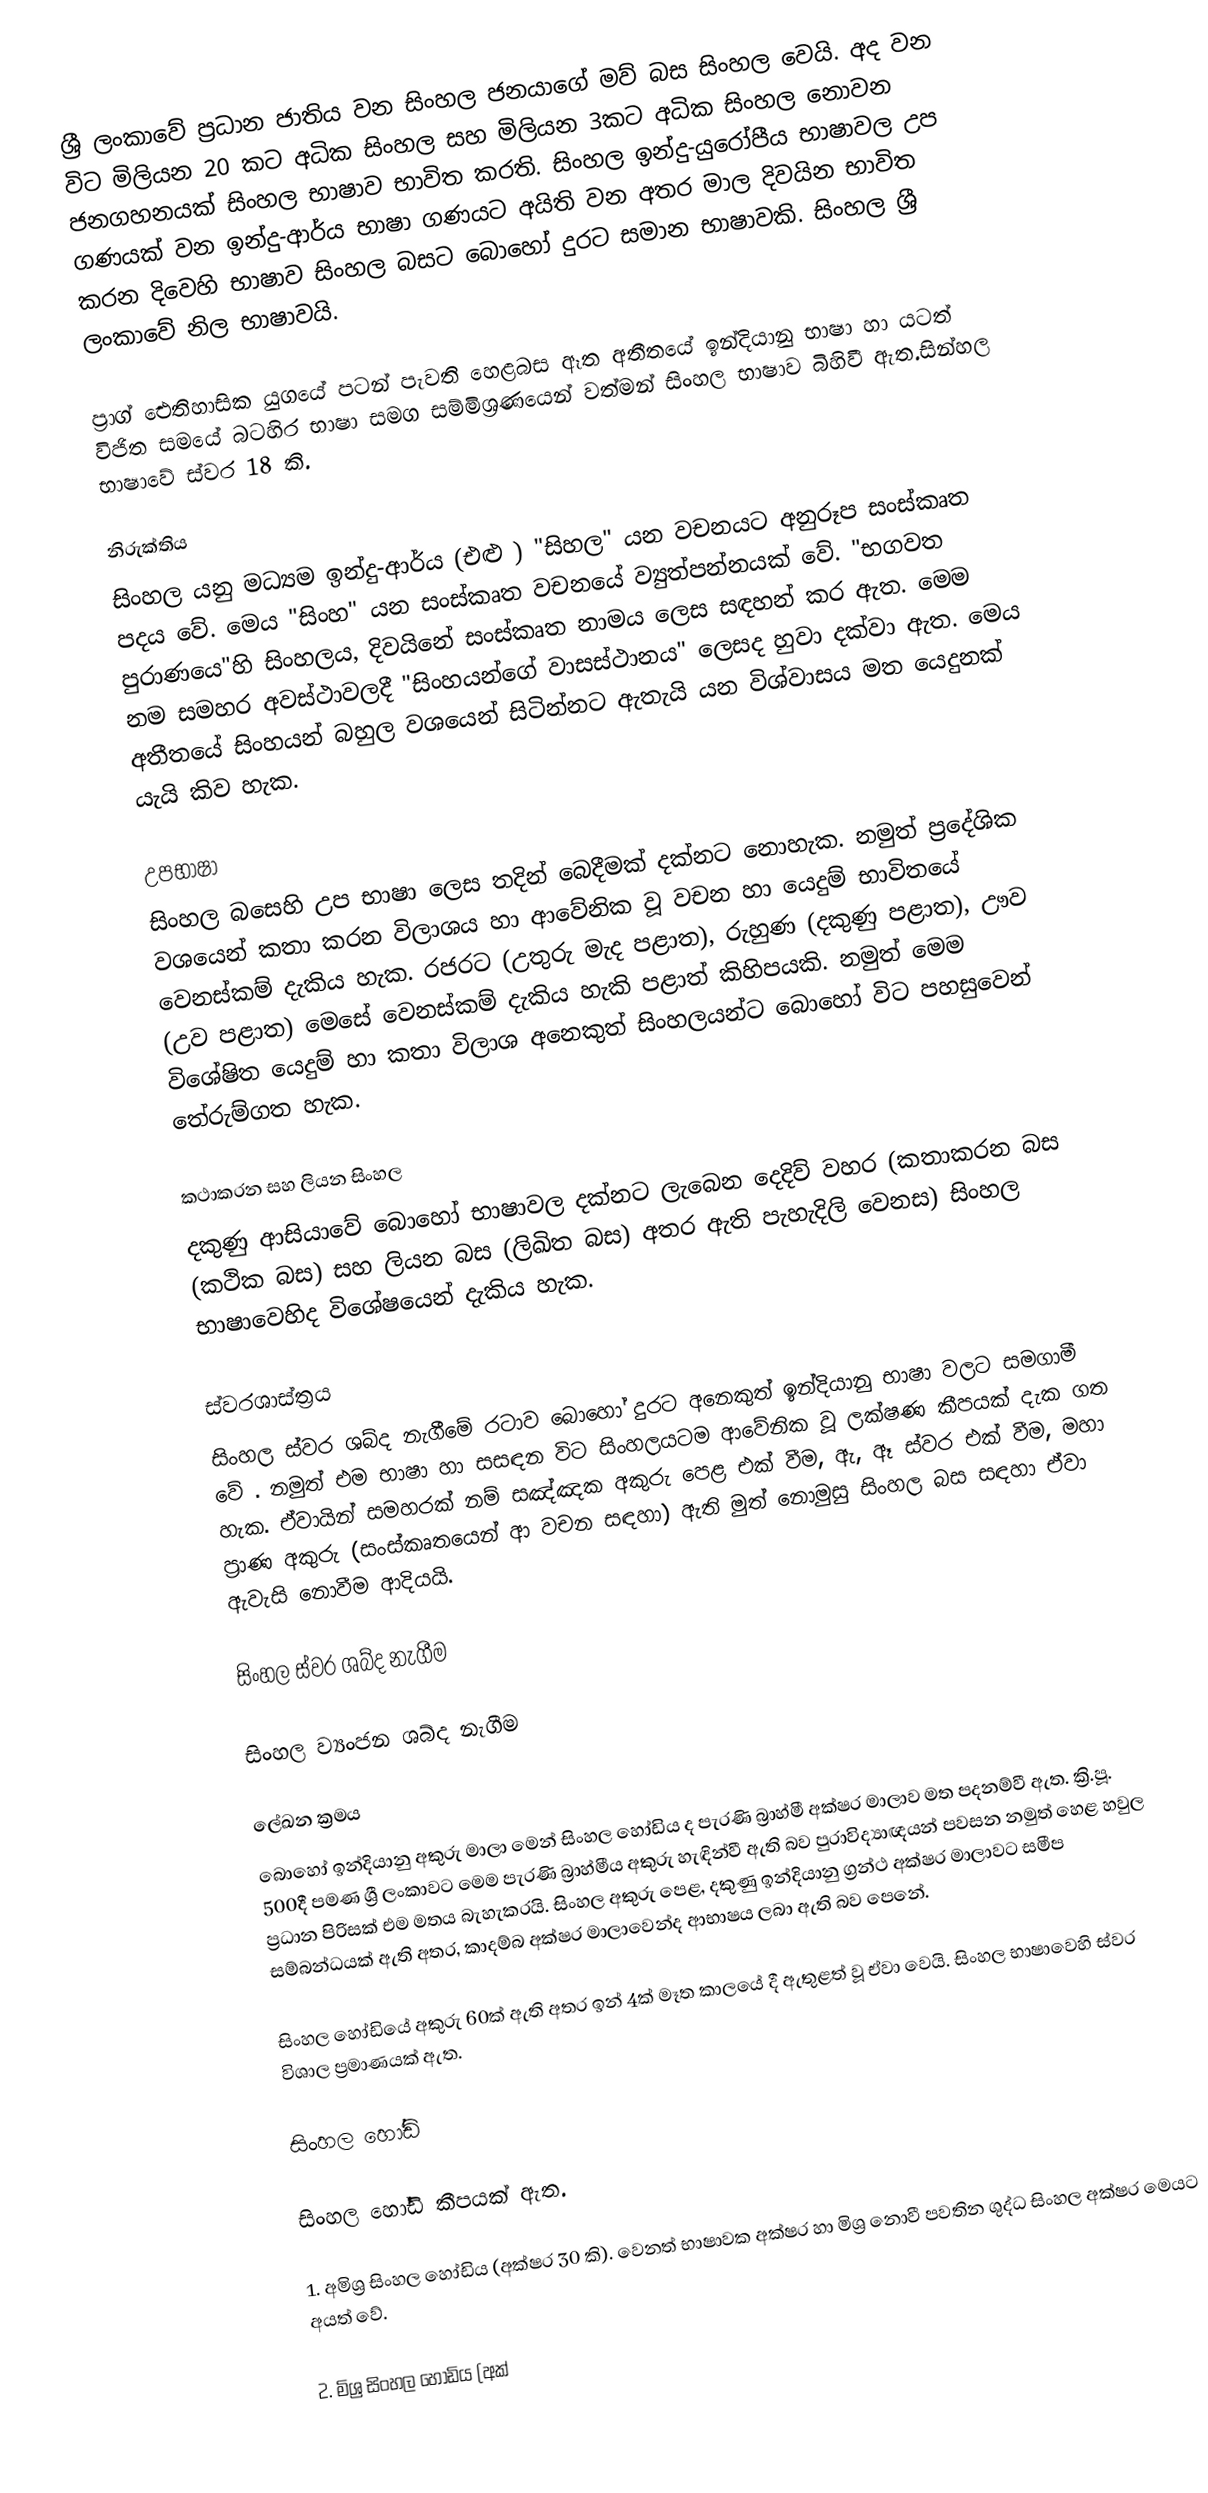
ශ්‍රී ලංකාවේ ප්‍රධාන ජාතිය වන සිංහල ජනයාගේ මව් බස සිංහල වෙයි. අද වන විට මිලියන 20 කට අධික සිංහල සහ මිලියන 3කට අධික සිංහල නොවන ජනගහනයක් සිංහල භාෂාව භාවිත කරති. සිංහල‍ ඉන්දු-යුරෝපීය භාෂාවල උප ගණයක් වන ඉන්දු-ආර්ය භාෂා ගණයට අයිති වන අතර මාල දිවයින භාවිත කරන දිවෙහි භාෂාව සිංහල බසට බොහෝ දුරට සමාන භාෂාවකි. සිංහල ශ්‍රී ලංකාවේ නිල භාෂාවයි.

ප්‍රාග් ඓතිහාසික යුගයේ පටන් පැවති හෙළබස ඈත අතීතයේ ඉන්දියානු භාෂා හා යටත් විජිත සමයේ බටහිර භාෂා සමග සම්මිශ්‍රණයෙන් වත්මන් සිංහල භාෂාව බිහිවී ඇත.සින්හල භාෂාවේ ස්වර 18 කි.

නිරුක්තිය
සිංහල යනු මධ්‍යම ඉන්දු-ආර්ය  (එළු ) "සිහල" යන වචනයට අනුරූප  සංස්කෘත පදය වේ. මෙය  "සිංහ" යන  සංස්කෘත වචනයේ ව්‍යුත්පන්නයක්  වේ. "භගවත පුරාණයෙ"හි සිංහලය,  දිවයිනේ සංස්කෘත නාමය ලෙස සඳහන් කර ඇත. මෙම නම සමහර අවස්ථාවලදී "සිංහයන්ගේ වාසස්ථානය" ලෙසද හුවා දක්වා ඇත. මෙය අතීතයේ සිංහයන් බහුල වශයෙන් සිටින්නට ඇතැයි යන විශ්වාසය මත යෙදුනක් යැයි කිව හැක.

උපභාෂා
සිංහල බසෙහි උප භාෂා ලෙස තදින් බෙදීමක් දක්නට නොහැක. නමුත් ප්‍රදේශික වශයෙන් කතා කරන විලාශය හා ආවේනික වූ වචන හා යෙදුම් භාවිතයේ වෙනස්කම් දැකිය හැක. රජරට (උතුරු මැද පළාත), රුහුණ (දකුණු පළාත), ඌව (උව පළාත) මෙසේ වෙනස්කම් දැකිය හැකි පළාත් කිහිපයකි. නමුත් මෙම විශේෂිත යෙදුම් හා කතා විලාශ අනෙකුත් සිංහලයන්ට බොහෝ විට පහසුවෙන් තේරුම්ගත හැක.

කථාකරන සහ ලියන සිංහල
දකුණු ආසියාවේ බොහෝ භාෂාවල දක්නට ලැබෙන දෙදිව් වහර (කතාකරන බස (කථික බස) සහ ලියන බස (ලිඛිත බස) අතර ඇති පැහැදිලි වෙනස) සිංහල භාෂාවෙහිද විශේෂයෙන් දැකිය හැක.

ස්වරශාස්ත්‍රය
සිංහල ස්වර ශබ්ද නැගීමේ රටාව බොහෝ දුරට අනෙකුත් ඉන්දියානු භාෂා වලට සමගාමී වේ . නමුත් එම භාෂා හා සසඳන විට සිංහලයටම  ආවේනික වූ ලක්ෂණ කීපයක් දැක ගත හැක. ඒවායින් සමහරක් නම් සඤ්ඤක අකුරු පෙළ එක් වීම, ඇ, ඈ ස්වර එක් වීම, මහා ප්‍රාණ අකුරු (සංස්කෘතයෙන් ආ වචන සඳහා) ඇති මුත් නොමුසු සිංහල බස සඳහා ඒවා ඇවැසි නොවීම ආදියයි.

සිංහල ස්වර ශබ්ද නැගීම

සිංහල ව්‍යංජන ශබ්ද නැගීම

ලේඛන ක්‍රමය
බොහෝ ඉන්දියානු අකුරු මාලා මෙන් සිංහල හෝඩිය ද පැරණි බ්‍රාහ්මී අක්ෂර මාලාව මත පදනම්වී ඇත. ක්‍රි.පූ. 500දී පමණ ශ්‍රී ලංකාවට මෙම පැරණි බ්‍රාහ්මීය අකුරු හැඳින්වී ඇති  බව පුරාවිද්‍යාඥයන්  පවසන නමුත් හෙළ හවුල ප්‍රධාන පිරිසක් එම මතය බැහැකරයි. සිංහල අකුරු පෙළ, දකුණු ඉන්දියානු ග්‍රන්ථ අක්ෂර මාලාවට  සමීප සම්බන්ධයක්  ඇති අතර, කාදම්බ අක්ෂර මාලාවෙන්ද ආභාෂය ලබා ඇති බව පෙනේ.

සිංහල හෝඩියේ අකුරු 60ක් ඇති අතර ඉන් 4ක් මෑත කාලයේ දී ඇතුළත් වූ ඒවා වෙයි. සිංහල භාෂාවෙහි ස්වර විශාල ප්‍රමාණයක් ඇත.

සිංහල හෝඩි

සිංහල හෝඩි කීපයක් ඇත.

1. අමිශ්‍ර සිංහල හෝඩිය (අක්ෂර 30 කි). වෙනත් භාෂාවක අක්ෂර හා මිශ්‍ර නොවී පවතින ශුද්ධ සිංහල අක්ෂර මෙයට අයත් වේ.

2. මිශ්‍ර සිංහල හෝඩිය (අක්